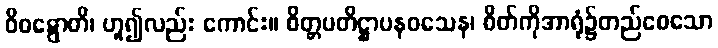
ဝိဝဋ္ဋောတိ၊ ဟူ၍လည်း ကောင်း။ စိတ္တပတိဋ္ဌာပနဝသေန၊ စိတ်ကိုအာရုံ၌တည်စေသော